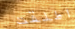
اطلقت